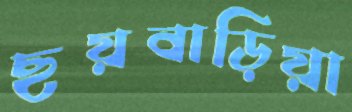
ছয়বাড়িয়া